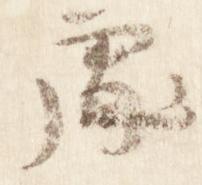
処